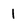
Character: 1